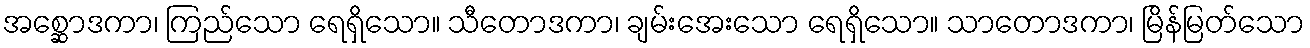
အစ္ဆောဒကာ၊ ကြည်သော ရေရှိသော။ သီတောဒကာ၊ ချမ်းအေးသော ရေရှိသော။ သာတောဒကာ၊ မြိန်မြတ်သော